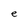
Character: e